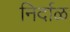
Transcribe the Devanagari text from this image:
निर्दाळ